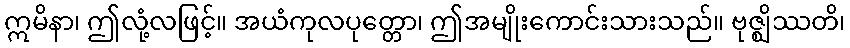
ဣမိနာ၊ ဤလုံ့လဖြင့်။ အယံကုလပုတ္တော၊ ဤအမျိုးကောင်းသားသည်။ ဗုဇ္ဈိဿတိ၊